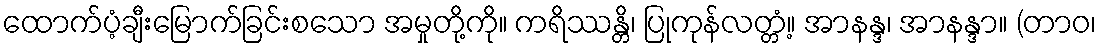
ထောက်ပံ့ချီးမြောက်ခြင်းစသော အမှုတို့ကို။ ကရိဿန္တိ၊ ပြုကုန်လတ္တံ့။ အာနန္ဒ၊ အာနန္ဒာ။ (တာဝ၊